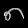
Digit: ၈